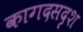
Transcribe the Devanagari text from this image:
कागदसदृश